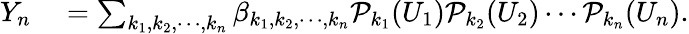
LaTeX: \begin{array}{rl}{Y_{n}}&{{}=\sum_{k_{1},k_{2},\cdots,k_{n}}\beta_{k_{1},k_{2},\cdots,k_{n}}\mathcal{P}_{k_{1}}(U_{1})\mathcal{P}_{k_{2}}(U_{2})\cdots\mathcal{P}_{k_{n}}(U_{n}).}\end{array}